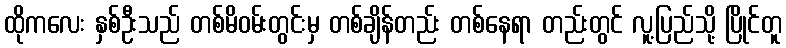
ထိုကလေး နှစ်ဦးသည် တစ်မိဝမ်းတွင်းမှ တစ်ချိန်တည်း တစ်နေရာ တည်းတွင် လူ့ပြည်သို့ ပြိုင်တူ